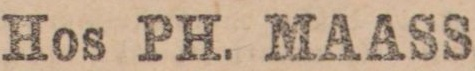
Hos PH. MAASS,